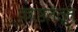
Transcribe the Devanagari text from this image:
काष्ठतंतूत